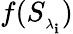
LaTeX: f({{S}_{_{{\lambda}_{\mathbf{i}}}}})